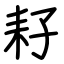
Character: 耔